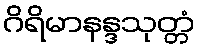
ဂိရိမာနန္ဒသုတ္တံ